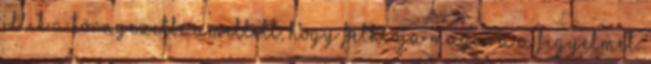
illik a környezetbe amellett, hogy felhívja magára a figyelmet.